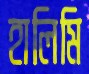
হালিমি